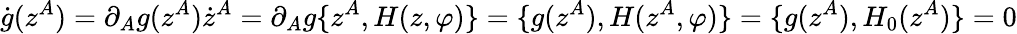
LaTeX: \dot{g}(z^{A})=\partial_{A}g(z^{A})\dot{z}^{A}=\partial_{A}g\{ z^{A},H(z,\varphi)\} =\{ g(z^{A}),H(z^{A},\varphi)\} =\{ g(z^{A}),H_{0}(z^{A})\} =0